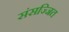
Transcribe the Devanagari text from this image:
संसज्जित